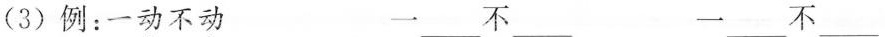
(3)例：一动不动 一___不___ 一___不___